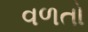
વળતો